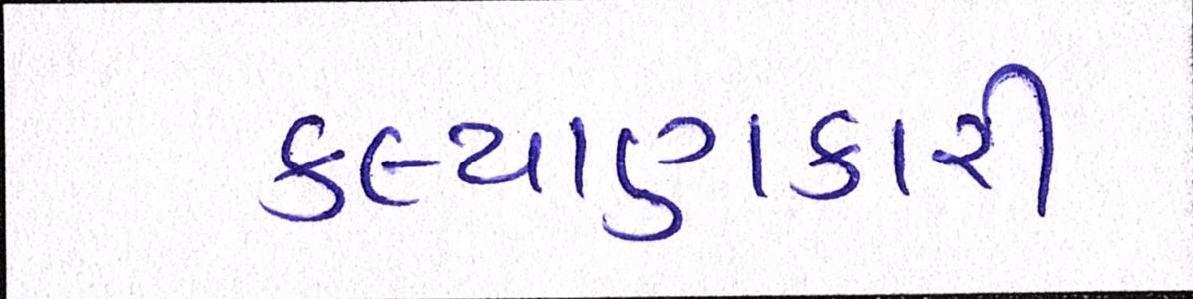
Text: કલ્યાણકારી